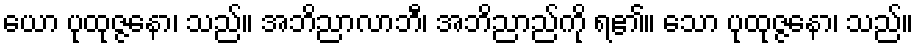
ယော ပုထုဇ္ဇနော၊ သည်။ အဘိညာလာဘီ၊ အဘိညာည်ကို ရ၏။ သော ပုထုဇ္ဇနော၊ သည်။